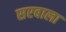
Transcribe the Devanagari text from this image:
सरबाला